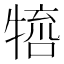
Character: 𤚵